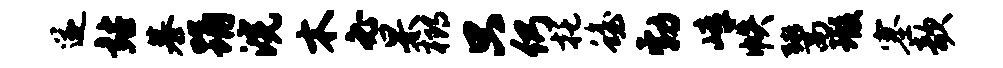
遂站慕踊浣木必杲榔只仍托蟾勃嶂帙鬻瑕塞欹